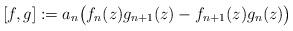
LaTeX: \begin{align*}[f,g]:=a_n\bigl(f_n(z)g_{n+1}(z)-f_{n+1}(z)g_n(z)\bigr)\end{align*}